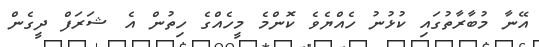
އޭނާ މުބާރާތުގައި ކުޅުނު ހެއްޔެވެ ކޮންމެ މީހެއްގެ ހިތުން އެ ޝަރަފް ދީގެން